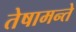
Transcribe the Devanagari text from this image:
तेषामन्ते